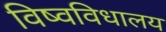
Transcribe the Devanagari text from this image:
विष्वविधालय